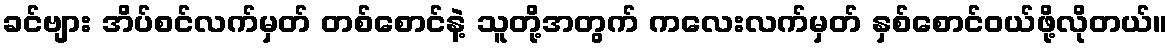
ခင်ဗျား အိပ်စင်လက်မှတ် တစ်စောင်နဲ့ သူတို့အတွက် ကလေးလက်မှတ် နှစ်စောင်ဝယ်ဖို့လိုတယ်။